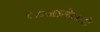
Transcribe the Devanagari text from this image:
१८जानेवारी